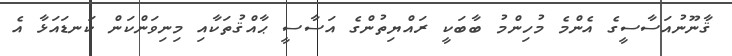
ޤާނޫނުއަސާސީގެ އެންމެ މުހިންމު ބާބަކީ ރައްޔިތުންގެ އަސާސީ ޙާއްޤުތަކާއި މިނިވަންކަން ކަނޑައަޅާ އެ